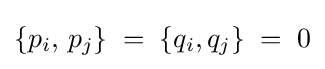
\{p_{i},\,p_{j}\}\;=\;\{q_{i},q_{j}\}\;=\;0